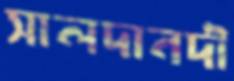
সালদানদী